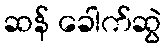
ဆန် ခေါက်ဆွဲ